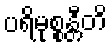
ပရိမုစ္စန္တီတိ